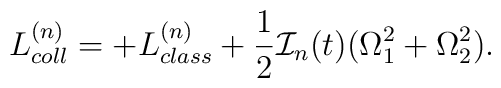
L^{(n)}_{coll}=+L^{(n)}_{class}+\frac{1}{2}{\cal I}_n(t)(\Omega^2_1+\Omega^2_2).